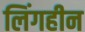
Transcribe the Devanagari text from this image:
लिंगहीन